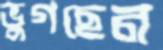
ভুগছেন